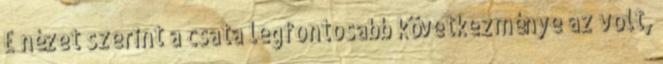
E nézet szerint a csata legfontosabb következménye az volt,